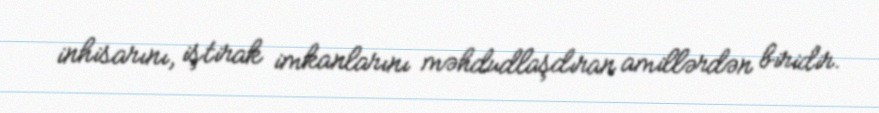
inhisarını, iştirak imkanlarını məhdudlaşdıran amillərdən biridir.